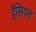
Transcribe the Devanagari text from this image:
हैंसियत